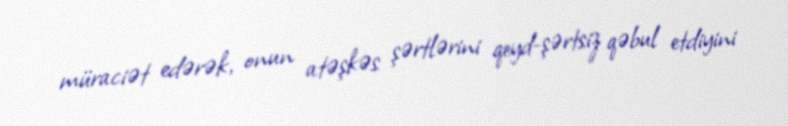
müraciət edərək, onun atəşkəs şərtlərini qeyd-şərtsiz qəbul etdiyini